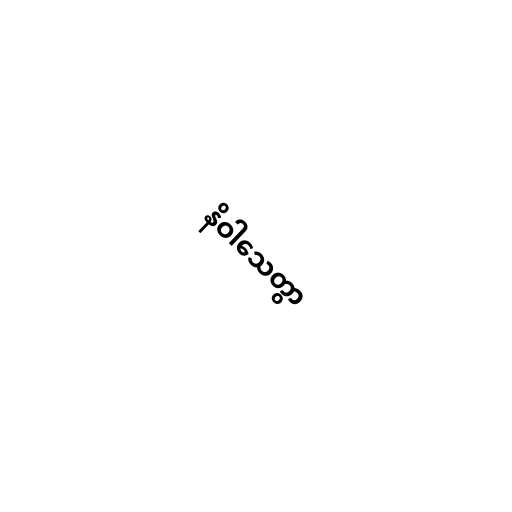
နိဝါသေတွာ